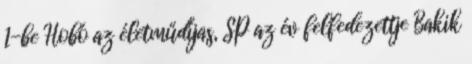
1-be Hobó az életműdíjas, SP az év felfedezettje Bakik